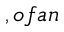
, o f a n